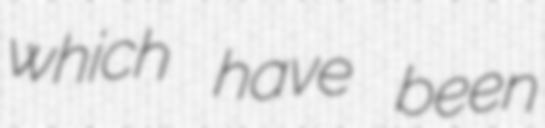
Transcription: which have been